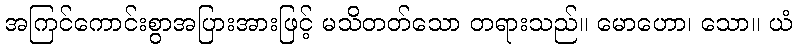
အကြင်ကောင်းစွာအပြားအားဖြင့် မသိတတ်သော တရားသည်။ မောဟော၊ သော။ ယံ